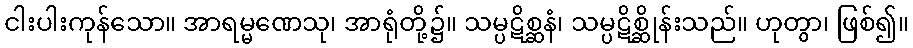
ငါးပါးကုန်သော။ အာရမ္မဏေသု၊ အာရုံတို့၌။ သမ္ပဋိစ္ဆနံ၊ သမ္ပဋိစ္ဆိုန်းသည်။ ဟုတွာ၊ ဖြစ်၍။